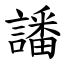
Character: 譒